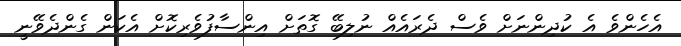
އެހެންވެ އެ ކުދިންނަށް ވެސް ދެރައެއް ނުލިބޭ ގޮތަށް އިންސާފުވެރިކޮށް އެކަން ގެންދެވޭނީ